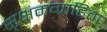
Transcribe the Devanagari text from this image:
सूक्षमग्राहिता